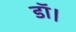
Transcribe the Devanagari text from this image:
डाॅ।